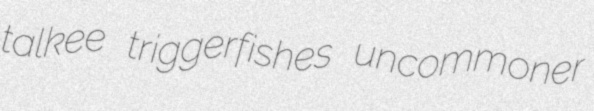
talkee triggerfishes uncommoner